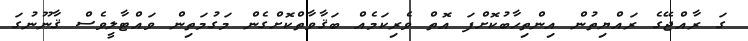
ގަ ރާއްޖޭގެ ރައްޔިތުން އިންތިހާބުކޮށްފަ އޮތް ވެރިކަމެއްް ބަޤާވާތްކޮށްގެން މަގުމަތިން ވައްޓާލީވެސް ޤާނޫނުގަ